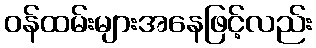
ဝန်ထမ်းများအနေဖြင့်လည်း